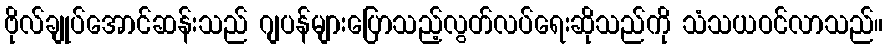
ဗိုလ်ချုပ်အောင်ဆန်းသည် ဂျပန်များပြောသည့်လွတ်လပ်ရေးဆိုသည်ကို သံသယဝင်လာသည်။